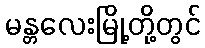
မန္တလေးမြို့တို့တွင်